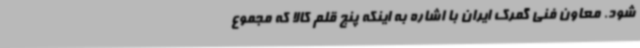
شود. معاون فنی گمرک ایران با اشاره به اینکه پنج قلم کالا که مجموع